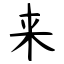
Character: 来